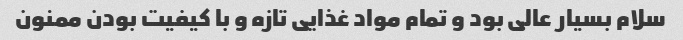
سلام بسیار عالی بود و تمام مواد غذایی تازه و با کیفیت بودن ممنون